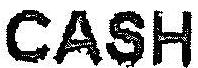
CASH